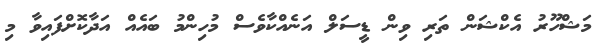
މަޝްހޫރު އެކްޝަން ތަރި ވިން ޑީސަލް އަނެއްކާވެސް މުހިންމު ބައެއް އަދާކޮށްފައިވާ މި